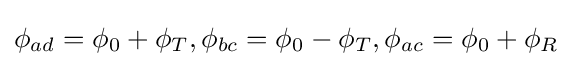
\phi _{ad}=\phi _{0}+\phi _{T},\phi _{bc}=\phi _{0}-\phi _{T},\phi _{ac}=\phi _{0}+\phi _{R}